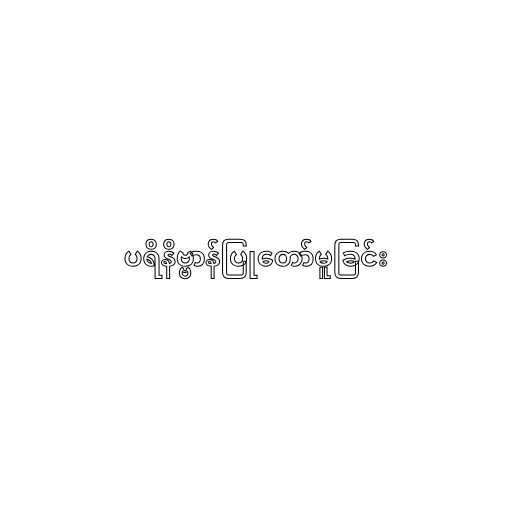
ပရိနိဗ္ဗာန်ပြုတော်မူခြင်း